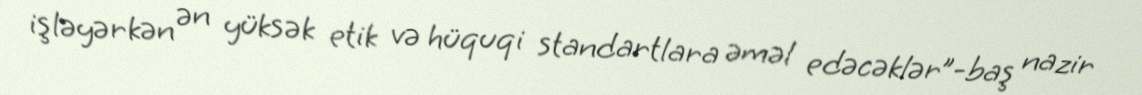
işləyərkən ən yüksək etik və hüquqi standartlara əməl edəcəklər”-baş nazir